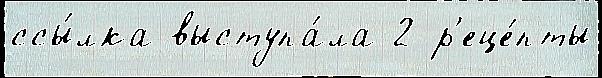
ссы́лка выступа́ла 2 р'еце́пты